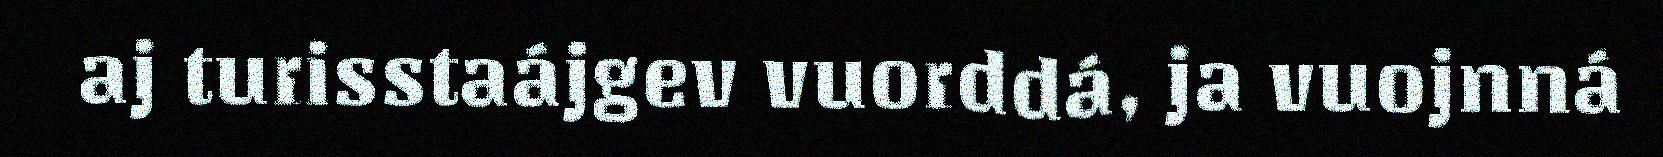
aj turisstaájgev vuorddá, ja vuojnná